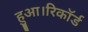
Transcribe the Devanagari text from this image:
हुआ।रिकॉर्ड